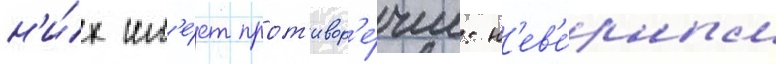
н'и́х им'е́ет прот'ивор'е́чие: н'ев'е́рным